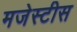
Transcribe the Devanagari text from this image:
मजेस्टीस